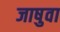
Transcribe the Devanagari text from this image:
जाषुवा